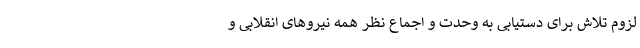
لزوم‌ تلاش برای دستیابی به وحدت و اجماع نظر همه نیروهای انقلابی و